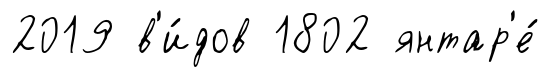
2019 в'и́дов 1802 янтар'е́